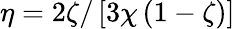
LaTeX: \eta=2\zeta/\left[3\chi\left(1-\zeta\right)\right]